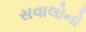
સવાલોનો